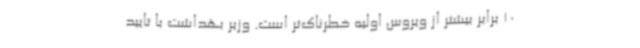
10 برابر بیشتر از ویروس اولیه خطرناک‌تر است. وزیر بهداشت با تایید